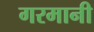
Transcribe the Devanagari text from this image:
गरमानी